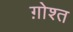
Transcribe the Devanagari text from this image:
ग़ोश्त